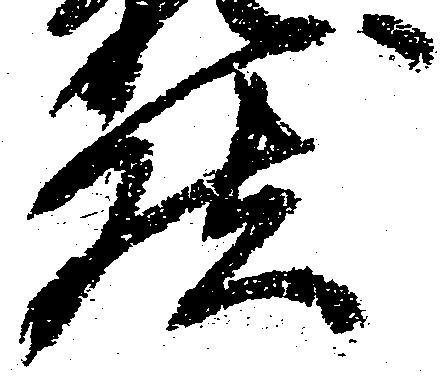
然